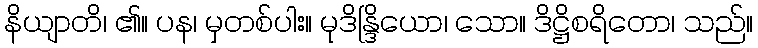
နိယျာတိ၊ ၏။ ပန၊ မှတစ်ပါး။ မုဒိန္ဒြိယော၊ သော။ ဒိဋ္ဌိစရိတော၊ သည်။